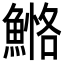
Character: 𩹕